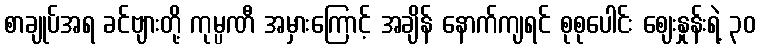
စာချုပ်အရ ခင်ဗျားတို့ ကုမ္ပဏီ အမှားကြောင့် အချိန် နောက်ကျရင် စုစုပေါင်း ဈေးနှုန်းရဲ့ ၃၀